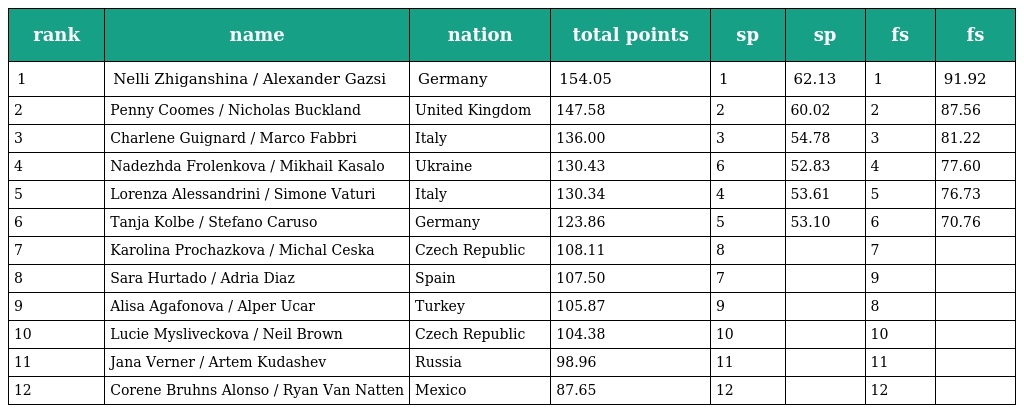
| rank | name | nation | total points | sp | sp | fs | fs |
 | --- | --- | --- | --- | --- | --- | --- | --- |
 | 1 | Nelli Zhiganshina / Alexander Gazsi | Germany | 154.05 | 1 | 62.13 | 1 | 91.92 |
 | 2 | Penny Coomes / Nicholas Buckland | United Kingdom | 147.58 | 2 | 60.02 | 2 | 87.56 |
 | 3 | Charlene Guignard / Marco Fabbri | Italy | 136.00 | 3 | 54.78 | 3 | 81.22 |
 | 4 | Nadezhda Frolenkova / Mikhail Kasalo | Ukraine | 130.43 | 6 | 52.83 | 4 | 77.60 |
 | 5 | Lorenza Alessandrini / Simone Vaturi | Italy | 130.34 | 4 | 53.61 | 5 | 76.73 |
 | 6 | Tanja Kolbe / Stefano Caruso | Germany | 123.86 | 5 | 53.10 | 6 | 70.76 |
 | 7 | Karolina Prochazkova / Michal Ceska | Czech Republic | 108.11 | 8 |  | 7 |  |
 | 8 | Sara Hurtado / Adria Diaz | Spain | 107.50 | 7 |  | 9 |  |
 | 9 | Alisa Agafonova / Alper Ucar | Turkey | 105.87 | 9 |  | 8 |  |
 | 10 | Lucie Mysliveckova / Neil Brown | Czech Republic | 104.38 | 10 |  | 10 |  |
 | 11 | Jana Verner / Artem Kudashev | Russia | 98.96 | 11 |  | 11 |  |
 | 12 | Corene Bruhns Alonso / Ryan Van Natten | Mexico | 87.65 | 12 |  | 12 |  |